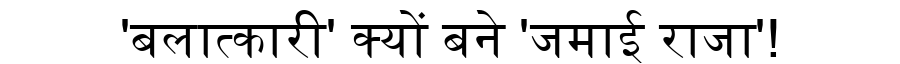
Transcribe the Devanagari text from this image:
'बलात्कारी' क्यों बने 'जमाई राजा'!